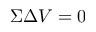
\Sigma \Delta V = 0